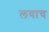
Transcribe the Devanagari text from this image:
लयाच